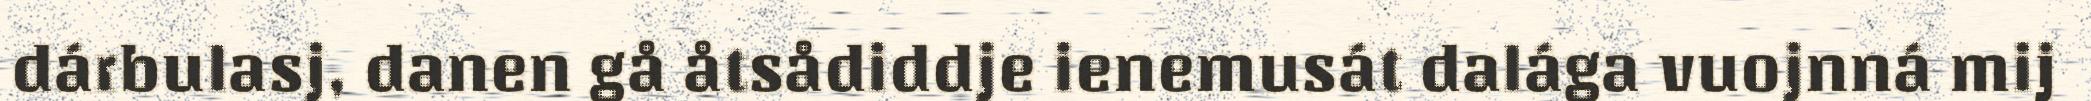
dárbulasj, danen gå åtsådiddje ienemusát dalága vuojnná mij